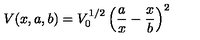
V ( x , a , b ) = V _ { 0 } ^ { 1 / 2 } \left( \frac { a } { x } - \frac { x } { b } \right) ^ { 2 }